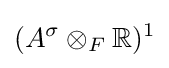
(A^{\sigma }\otimes _{F}\mathbb {R} )^{1}